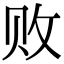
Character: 败